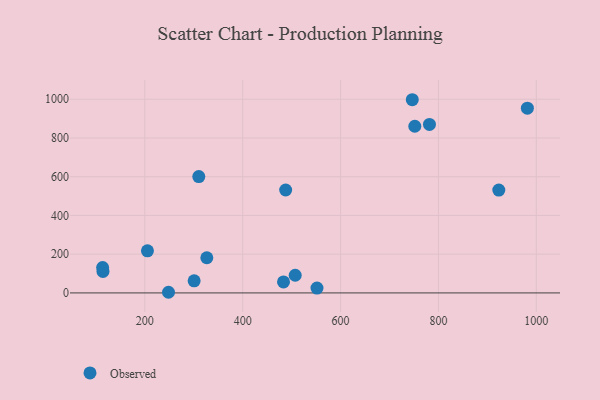
{"axis": {"x": "Investment", "y": "Demand"}, "legend": ["Observed"], "data": [{"x": "746.5", "y": 997.6, "type": "Observed"}, {"x": "310.3", "y": 600.5, "type": "Observed"}, {"x": "981.7", "y": 954.1, "type": "Observed"}, {"x": "114.5", "y": 111.0, "type": "Observed"}, {"x": "551.8", "y": 25.1, "type": "Observed"}, {"x": "113.8", "y": 131.2, "type": "Observed"}, {"x": "483.4", "y": 57.0, "type": "Observed"}, {"x": "781.6", "y": 870.1, "type": "Observed"}, {"x": "248.4", "y": 3.3, "type": "Observed"}, {"x": "205.4", "y": 217.4, "type": "Observed"}, {"x": "507.3", "y": 91.3, "type": "Observed"}, {"x": "751.7", "y": 860.6, "type": "Observed"}, {"x": "923.3", "y": 531.0, "type": "Observed"}, {"x": "487.8", "y": 531.5, "type": "Observed"}, {"x": "326.7", "y": 181.5, "type": "Observed"}, {"x": "300.8", "y": 62.3, "type": "Observed"}]}